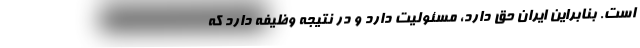
است. بنابراین ایران حق دارد، مسئولیت دارد و در نتیجه وظیفه دارد که